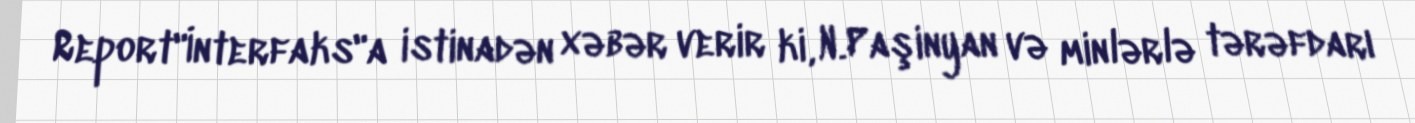
Report"İnterfaks"a istinadən xəbər verir ki, N.Paşinyan və minlərlə tərəfdarı